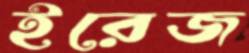
ইরেজ